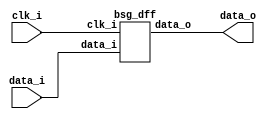


module top
(
  clk_i,
  data_i,
  data_o
);

  input [31:0] data_i;
  output [31:0] data_o;
  input clk_i;

  bsg_dff
  wrapper
  (
    .data_i(data_i),
    .data_o(data_o),
    .clk_i(clk_i)
  );


endmodule



module bsg_dff
(
  clk_i,
  data_i,
  data_o
);

  input [31:0] data_i;
  output [31:0] data_o;
  input clk_i;
  reg [31:0] data_o;

  always @(posedge clk_i) begin
    if(1'b1) begin
      { data_o[31:0] } <= { data_i[31:0] };
    end 
  end


endmodule